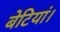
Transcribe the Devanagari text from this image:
बेटियां।